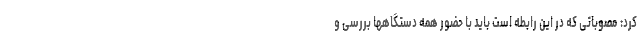
کرد: مصوباتی که در این رابطه است باید با حضور همه دستگاهها بررسی و